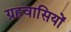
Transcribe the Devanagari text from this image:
ग्रहवासियों